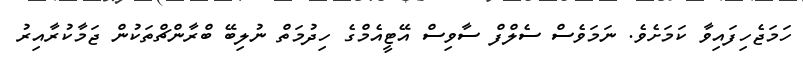
ހަމަޖެހިފައިވާ ކަމަށެވެ. ނަމަވެސް ސެލްފް ސާވިސް އޭޓީއެމްގެ ހިދުމަތް ނުލިބޭ ބްރާންޗްތަކުން ޖަމާކުރާއިރު